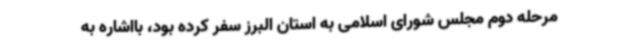
مرحله دوم مجلس شورای اسلامی به استان البرز سفر کرده بود، بااشاره به